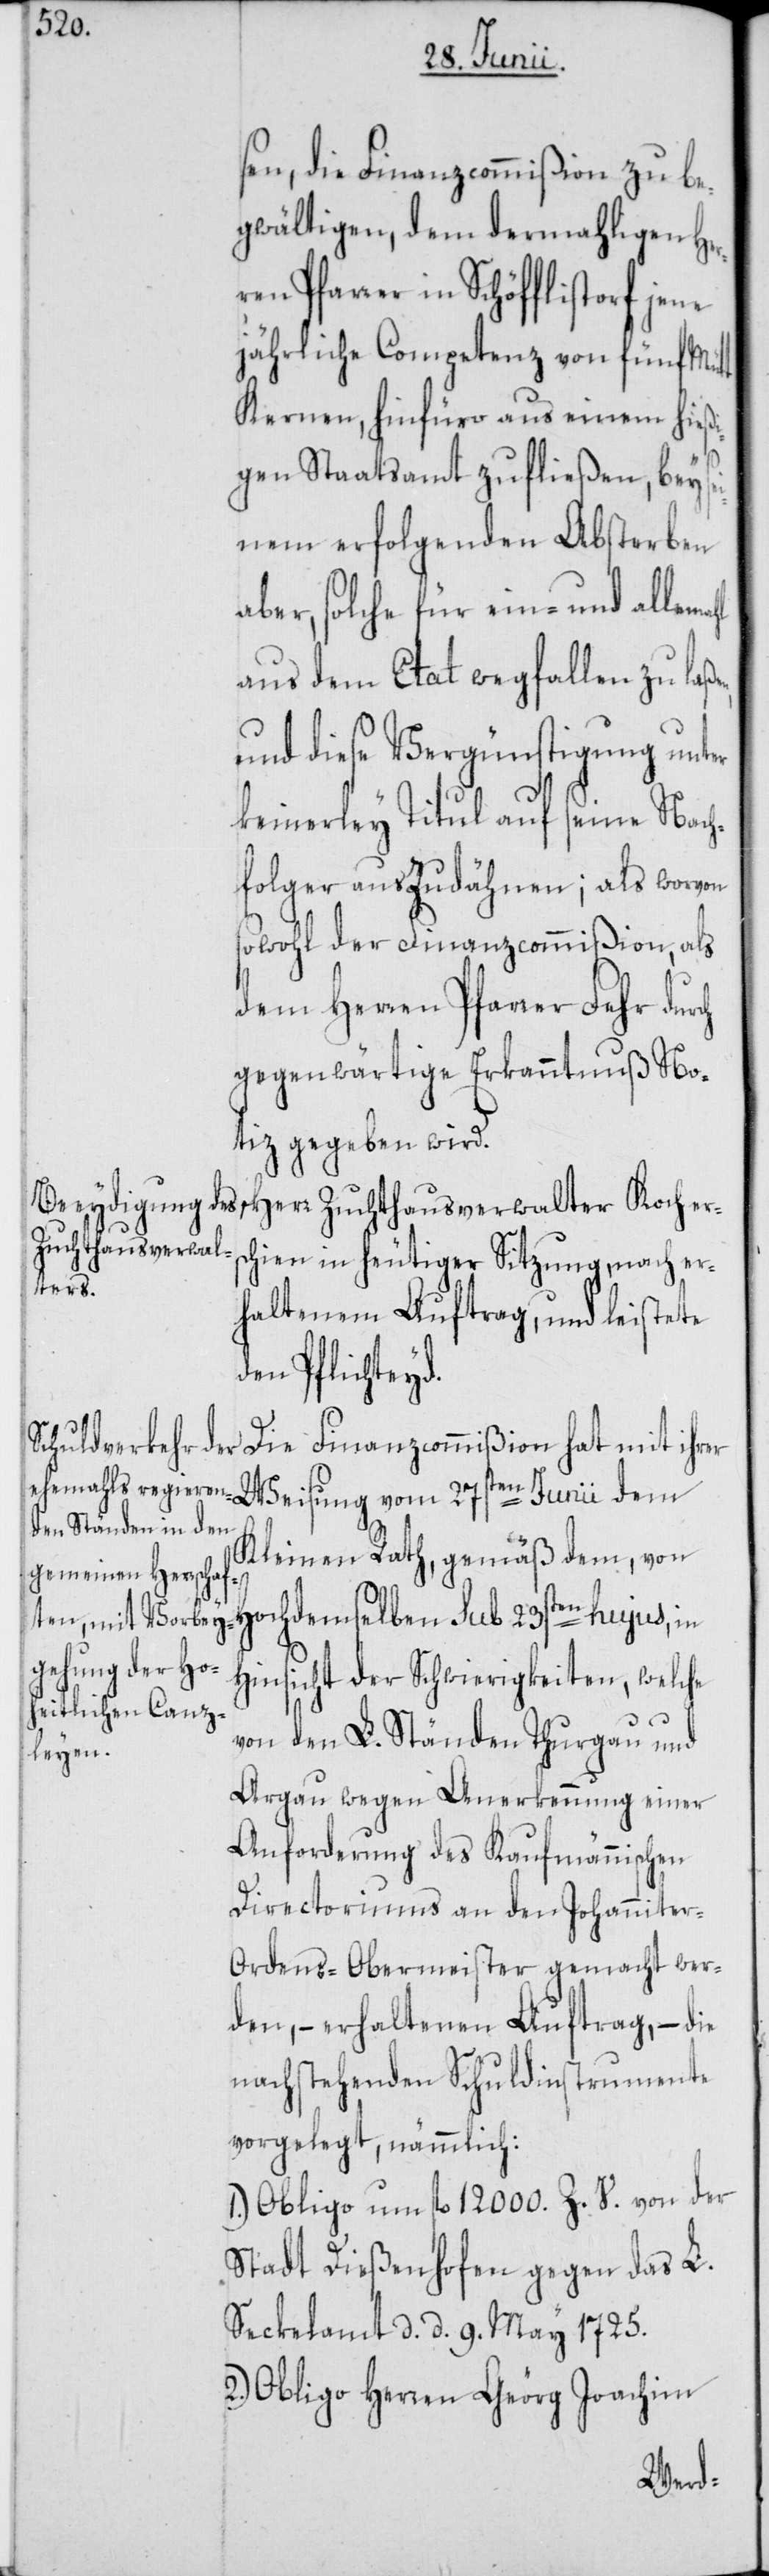
ahl

sen, die Finanzcommißion zu be¬
gwältigen, dem dermahligen Her¬
ren Pfarrer in Schöfflistorf jene
jährliche Competenz von fünf Mütt
Kernen, hinfüro aus einem hießi¬
gen Staatsamt zufließen, bey se¬
inem erfolgenden Absterben
aber, solche für ein- und allem¬
aus dem Etat wegfallen zu laß¬
und diese Vergünstigung unter
keinerley Titul auf seine Nach¬
folger auszudähnen; als worvon
sowohl der Finanzcommmißion, als
dem Herren Pfarrer Fehr durch
gegenwärtige Erkanntnuß No¬
tiz gegeben wird.
Zuchthausverwal¬
chien in heutiger Sitzung, nach er¬
ers¬
haltenem Auftrag, und leistete
den Pflichteyd.
Die Finanzcommißion hat mit ihrer
Weisung vom 27sten Junii dem
Kleinen Rath, gemäß dem, von
Hinsicht der Schwierigkeiten, welche
von den L. Ständen Thurgau und
Argau wegen Anerkennung einer
Anforderung des Kaufmännischen
Directoriums an den Johannite¬
r-Ordens-Obermeister gemacht wer¬
den, – erhaltenen Auftrag, – die
nachstehenden Schuldinstrumente
vorgelegt, nämmlich:
1.) Obligo um fl. 12,000. Z. V. von der
Stadt Dießenhofen gegen das L.
Seckelamt d. d. 9. May 1725.
2.) Obligo Herren Geörg Joachim